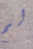
لم